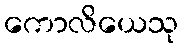
ကောလိယေသု